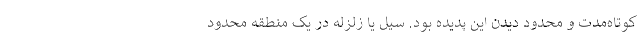
کوتاه‌مدت و محدود دیدن این پدیده بود. سیل یا زلزله در یک منطقه محدود